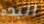
البدء